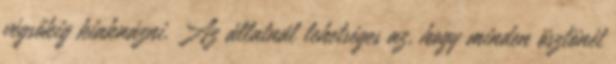
végsőkig kiaknázni. Az állatnál lehetséges az, hogy minden ösztönét